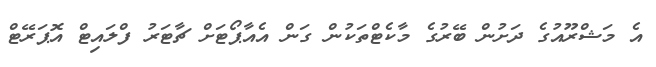
އެ މަޝްރޫއުގެ ދަށުން ބޭރުގެ މާކެޓްތަކުން ގަން އެއާޕޯޓަށް ޗާޓަރު ފްލައިޓް އޮޕަރޭޓް